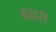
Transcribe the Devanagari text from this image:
ब्रह्मरी